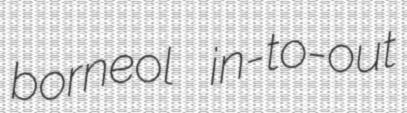
borneol in-to-out